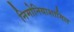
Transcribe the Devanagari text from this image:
निमोनियाशामिल